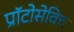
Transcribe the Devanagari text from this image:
प्राॅटोसेविच